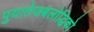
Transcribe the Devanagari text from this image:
पुयातेजबलोद्धिको